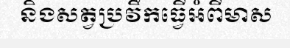
និងសត្វប្រវឹកធ្វើអំពីមាស